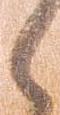
く